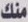
منك